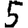
Digit: 5